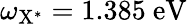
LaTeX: \omega_{\mathrm{{X^{*}}}}=1.385~\mathrm{{eV}}